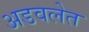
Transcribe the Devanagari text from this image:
अडवलेत